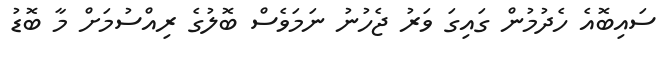
ސައިބޮއެ ހެދުމުން ގައިގަ ވަރު ޖެހުނު ނަމަވެސް ބޮލުގެ ރިއްސުމަށް މާ ބޮޑު